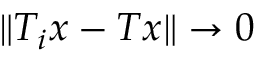
\| T _ { i } x - T x \| \to 0